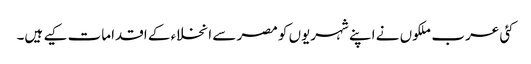
کئی عرب ملکوں نے اپنے شہریوں کو مصر سے انخلاء کے اقدامات کیے ہیں۔